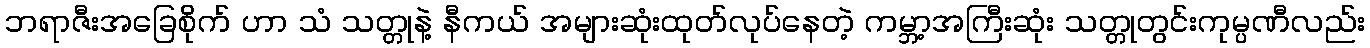
ဘရာဇီးအခြေစိုက် ဟာ သံ သတ္တုနဲ့ နီကယ် အများဆုံးထုတ်လုပ်နေတဲ့ ကမ္ဘာ့အကြီးဆုံး သတ္တုတွင်းကုမ္ပဏီလည်း